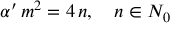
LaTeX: \alpha ^ { \prime } \, m ^ { 2 } = 4 \, n , \quad n \in N _ { 0 }